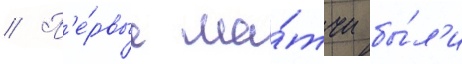
// П'е́рвые ма́тчи бы́л'и